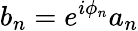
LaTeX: b_{n}=e^{i\phi_{n}}a_{n}